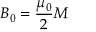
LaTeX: B _ { 0 } = { \frac { \mu _ { 0 } } { 2 } } M